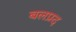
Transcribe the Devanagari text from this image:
बलप्रद